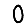
Digit: 0